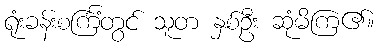
ရုံးခန်းစင်္ကြံတွင် သူတ နှစ်ဦး ဆုံမိကြ၏။